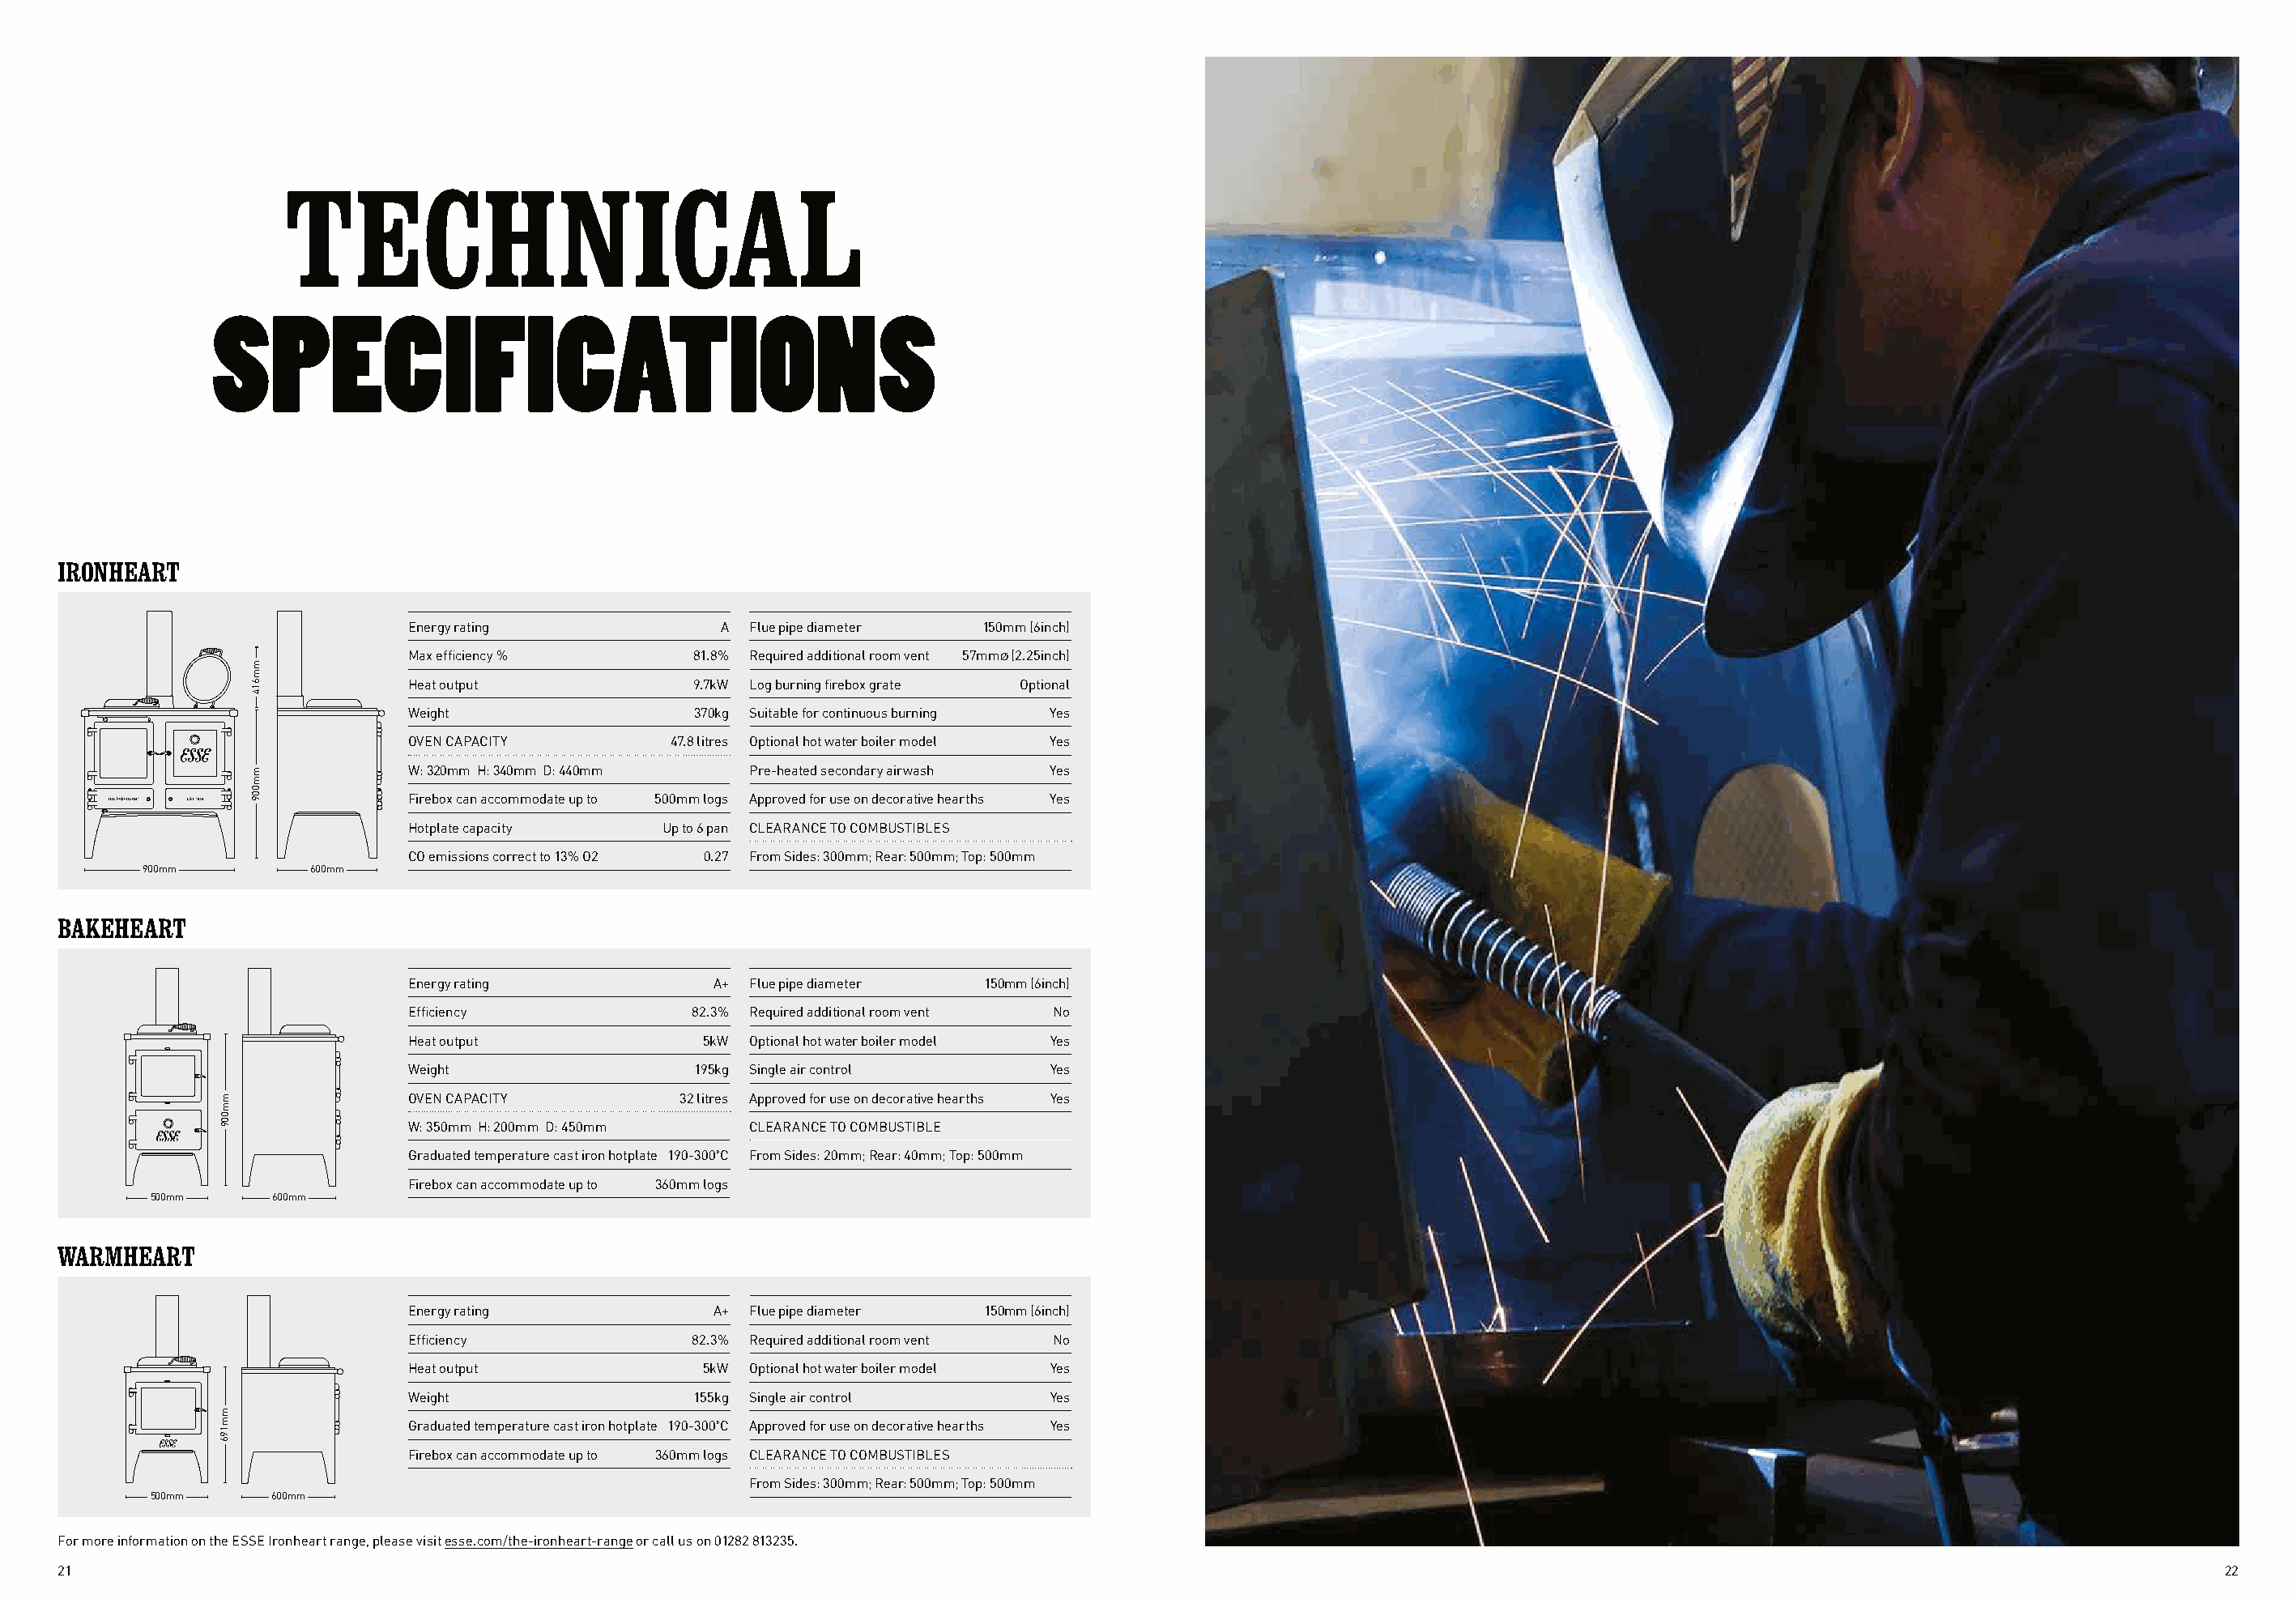
TECHNICAL
 SPECIFICATIONS
 IRONHEART
 Energy rating             A Flue pipe diameter 150mm (6inch)
 Max efficiency %        81.8% Required additional room vent 57mmØ (2.25inch)
 Heat output             9.7kW Log burning firebox grate Optional
 Weight                  370kg Suitable for continuous burning Yes
 OVEN CAPACITY         47.8 litres Optional hot water boiler model Yes
 W: 320mm H: 340mm D: 440mm  Pre-heated secondary airwash Yes
 Firebox can accommodate up to 500mm logs Approved for use on decorative hearths Yes
 Hotplate capacity    Up to 6 pan CLEARANCE TO COMBUSTIBLES
 CO emissions correct to 13% O2 0.27 From Sides: 300mm; Rear: 500mm; Top: 500mm
 900mm        600mm
 BAKEHEART
 Energy rating            A+ Flue pipe diameter 150mm (6inch)
 Efficiency              82.3% Required additional room vent No
 Heat output             5kW Optional hot water boiler model Yes
 Weight                  195kg Single air control     Yes
 OVEN CAPACITY          32 litres Approved for use on decorative hearths Yes
 W: 350mm H: 200mm D: 450mm  CLEARANCE TO COMBUSTIBLE
 Graduated temperature cast iron hotplate 190-300ºC From Sides: 20mm; Rear: 40mm; Top: 500mm
 Firebox can accommodate up to 360mm logs
 500mm     600mm
 WARMHEART
 Energy rating            A+ Flue pipe diameter 150mm (6inch)
 Efficiency              82.3% Required additional room vent No
 Heat output             5kW Optional hot water boiler model Yes
 Weight                  155kg Single air control     Yes
 Graduated temperature cast iron hotplate 190-300ºC Approved for use on decorative hearths Yes
 Firebox can accommodate up to 360mm logs CLEARANCE TO COMBUSTIBLES
 From Sides: 300mm; Rear: 500mm; Top: 500mm
 500mm     600mm                                                                                                                                ERNEST SHACKLETON & HIS CREW
 For more information on the ESSE Ironheart range, please visit esse.com/the-ironheart-range or call us on 01282 813235.
 21                                                                                                                                                                               22
 mm009
 mm196
 mm614
 mm009